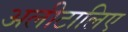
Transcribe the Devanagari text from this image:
अलीटालिए